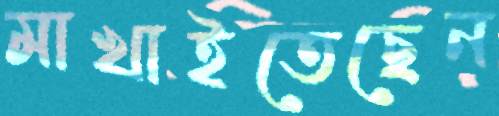
মাখাইতেছেন